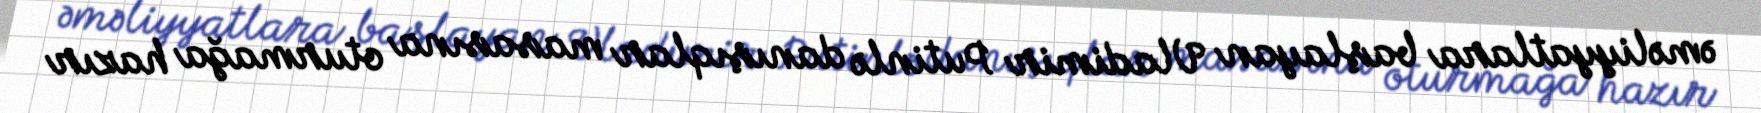
əməliyyatlara başlayan Vladimir Putinlə danışıqlar masasına oturmağa hazır